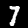
Label: 7